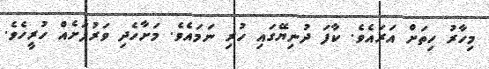
މިހާރު ހިތަށް އަރައެވެ. ކާފަ ދުނިޔޭގައި ހުރި ނަމައެވެ. މަށާހެދި ވަރުފަށެއް ހުރީހެވެ.